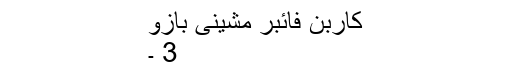
کاربن فائبر مشینی بازو
3 ۔